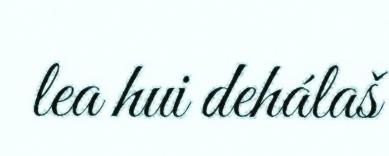
lea hui dehálaš